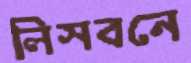
লিসবনে